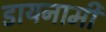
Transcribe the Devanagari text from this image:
डायनामी